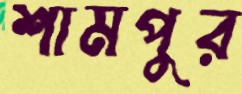
শামপুর